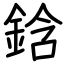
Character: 鋡